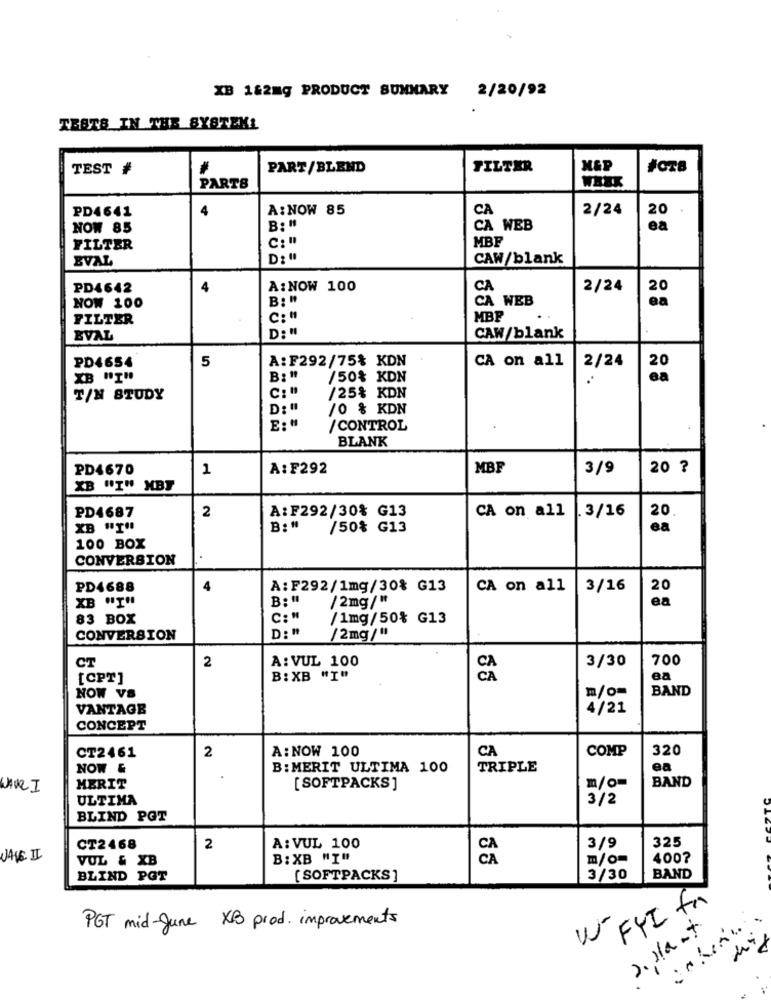
XB 1&2mg PRODUCT SUMMARY 2/20/92
TESTS IN THE SYSTEML
TEST #
#
PART/BLEND
FILTER
PARTS
PD4641
4
A: NOW 85
2/24
20
NOW 85
B: "
CA WEB
ea
MBP
FILTER
C: "
EVAL
D:"
CAW/blank
PD4642
4
A: NOW 100
CA
2/24
20
NOW 100
B: "
CA WEB
ea
FILTER
C: "
MBP
BVAL
D: "
CAW/blank
PD4654
5
A: F292/75% KDN
CA on all
2/24
20
XB NIH
B: "
/50% KDN
ea
C: "
T/N STUDY
/25% KDN
D: "
/0 % KDN
/ CONTROL
4
BLANK
PD4670
1
A:F292
MBF
3/9
20 ?
XB "I" MBT
PD4687
2
CA on all
.3/16
A: F292/30% G13
20.
XB "I"
B: "
/50% G13
ea
100 BOX
CONVERSION
PD4688
4
A: F292/1mg/30% G13
CA on all
3/16
20
XB "I"
B: "
/2mg /"
ea
83 BOX
C: "
/1mg/50% G13
D: "
CONVERSION
/2mg / "
CT
2
A: VUL 100
3/30
700
[CPT]
B: XB "I"
ea
BAND
NOW VS
m/o
VANTAGE
4/21
CONCEPT
2
A: NOW 100
CA
COMP
320
CT2461
NOW &
B:MERIT ULTIMA 100
TRIPLE
ea
BAND
WINE I
MERIT
[ SOFTPACKS ]
ULTIMA
3/2
BLIND PGT
325
CT2468
2
A: VUL 100
3/9
JANE II
VUL & XB
B: XB "TU
m/O
400?
BLIND POT
[ SOFTPACKS ]
3/30
BAND
FYI fr
PGT mid-June XB prod. improvements
w-